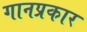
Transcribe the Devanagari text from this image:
गानप्रकार